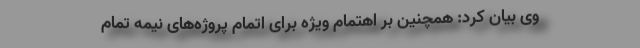
وی بیان کرد: همچنین بر اهتمام ویژه برای اتمام پروژه‌های نیمه تمام